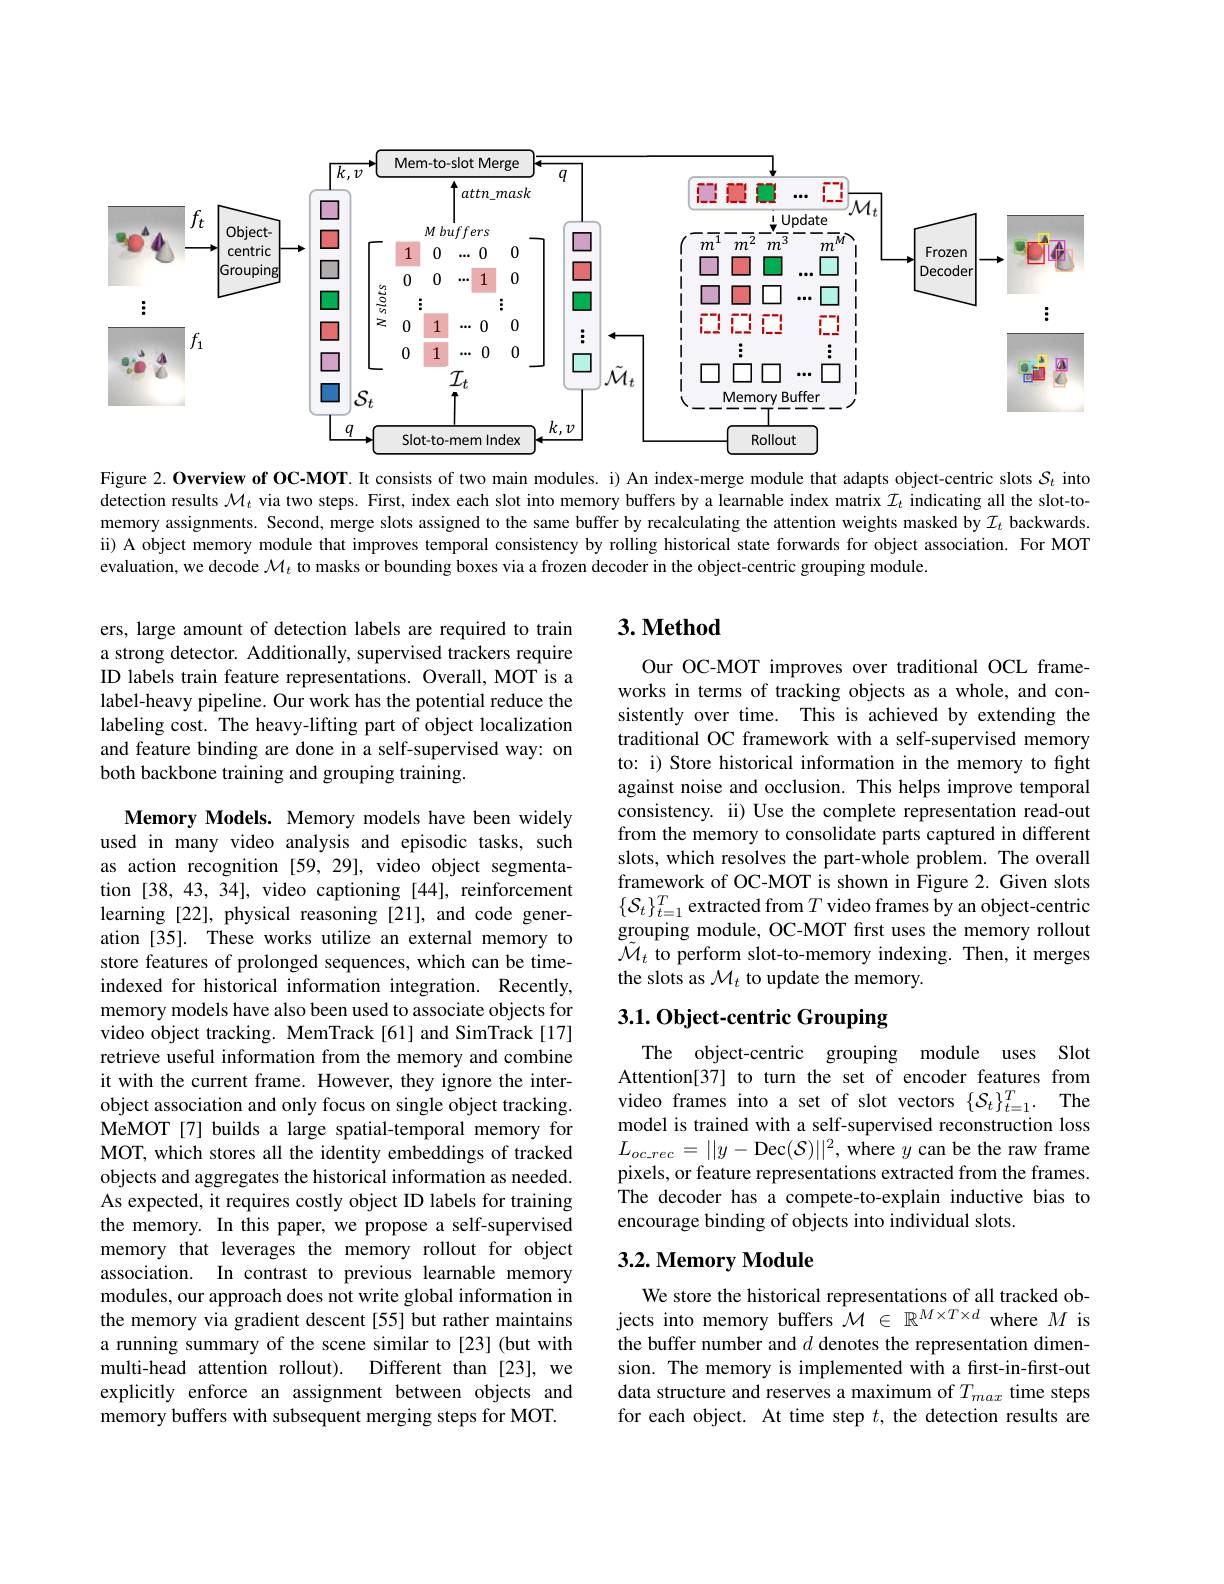
<FigureHere>

Figure 2. Overview of OC-MOT. It consists of two main modules. i) An index-merge module that adapts object-centric slots $S_t$ into detection results $\mathcal{M}_t$ via two steps. First, index each slot into memory buffers by a learnable index matrix $\mathcal{I}_t$ indicating all the slot-tomemory assignments. Second, merge slots assigned to the same buffer by recalculating the attention weights masked by $\mathcal{I}_t$ backwards. ii) A object memory module that improves temporal consistency by rolling historical state forwards for object association. For MOT evaluation, we decode $\mathcal{M}_t$ to masks or bounding boxes via a frozen decoder in the object-centric grouping module.

### $3. \textbf{Method}$

ers, large amount of detection labels are required to train a strong detector. Additionally, supervised trackers require ID labels train feature representations. Overall, MOT is a label-heavy pipeline. Our work has the potential reduce the labeling cost. The heavy-lifting part of object localization and feature binding are done in a self-supervised way: on both backbone training and grouping training.

Our OC-MOT improves over traditional OCL frameworks in terms of tracking objects as a whole, and consistently over time. This is achieved by extending the traditional OC framework with a self-supervised memory to: i) Store historical information in the memory to fight against noise and occlusion. This helps improve temporal consistency. ii) Use the complete representation read-out from the memory to consolidate parts captured in different slots, which resolves the part-whole problem. The overall framework of OC-MOT is shown in Figure 2. Given slots $\{\mathcal{S}_t\}_{t=1}^T$ extracted from $T$ video frames by an object-centric grouping module, OC-MOT frst uses the memory rollout $\tilde{\mathcal{M}}_{t}$ to perform slot-to-memory indexing. Then, it merges the slots as $\mathcal{M}_t$ to update the memory.

## $3. 1. \textbf{Object- centric Grouping}$

Memory Models. Memory models have been widely used in many video analysis and episodic tasks, such as action recognition [59,29], video object segmentation [38,43,34], video captioning [44], reinforcement learning [22], physical reasoning [21], and code generation [35]. These works utilize an external memory to store features of prolonged sequences, which can be timeindexed for historical information integration. Recently, memory models have also been used to associate objects for video object tracking. MemTrack[61] and SimTrack[17] retrieve useful information from the memory and combine it with the current frame. However, they ignore the interobject association and only focus on single object tracking. MeMOT[7] builds a large spatial-temporal memory for MOT, which stores all the identity embeddings of tracked objects and aggregates the historical information as needed. As expected, it requires costly object ID labels for training the memory. In this paper, we propose a self-supervised memory that leverages the memory rollout for object association. In contrast to previous learnable memory modules, our approach does not write global information in the memory via gradient descent [55] but rather maintains a running summary of the scene similar to [23] (but with multi-head attention rollout). Different than [23], we explicitly enforce an assignment between objects and memory buffers with subsequent merging steps for MOT.

The object-centric grouping module uses Slot Attention[37] to turn the set of encoder features from video frames into a set of slot vectors $\{ \mathcal{S} _t\} _{t= 1}^T.$ The model is trained with a self-supervised reconstruction loss $L_{oc\_rec}=||y-$Dec$(\mathcal{S})||^2$,where $y$ can be the raw frame pixels, or feature representations extracted from the frames. The decoder has a compete-to-explain inductive bias to encourage binding of objects into individual slots.

## 3.2. Memory Module

We store the historical representations of all tracked objects into memory buffers $\mathcal{M}\in\mathbb{R}^{M\times T\times d}$ where $M$ is the buffer number and $d$ denotes the representation dimension. The memory is implemented with a frst-in-first-out data structure and reserves a maximum of $T_{max}$ time steps for each object. At time step $t$, the detection results are